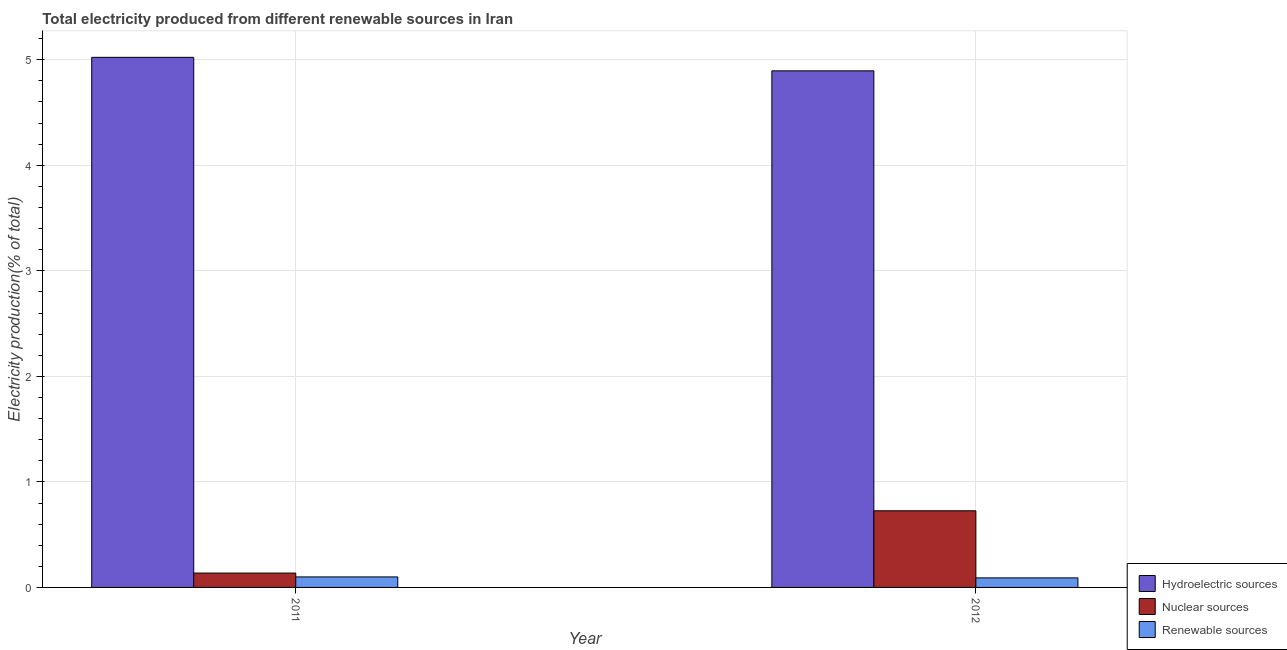
| Year | Hydroelectric sources | Nuclear sources | Renewable sources |
 | --- | --- | --- | --- |
 | 2011 | 5.02 | 0.136 | 0.0996 |
 | 2012 | 4.9 | 0.726 | 0.0905 |